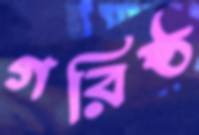
গরিষ্ঠ